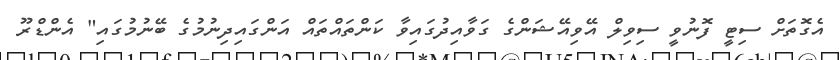
އެގޮތަށް ސިޓީ ފޮނުވީ ސިވިލް އޭވިއޭޝަންގެ ގަވާއިދުގައިވާ ކަންތައްތައް އަންގައިދިނުމުގެ ބޭނުމުގައި" އެންޑްރޫ